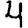
Digit: 4